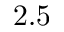
2 . 5